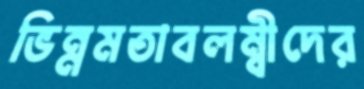
ভিন্নমতাবলম্বীদের